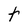
Character: t